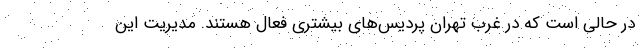
در حالی است که در غرب تهران پردیس‌های بیشتری فعال هستند. مدیریت این